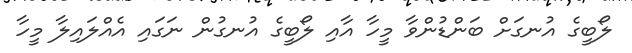
ލޯބީގެ އުނގަށް ބަންޑުންވާ މީހާ އާއި ލޯބީގެ އުނގުން ނަގައި އެއްލައިލާ މީހާ